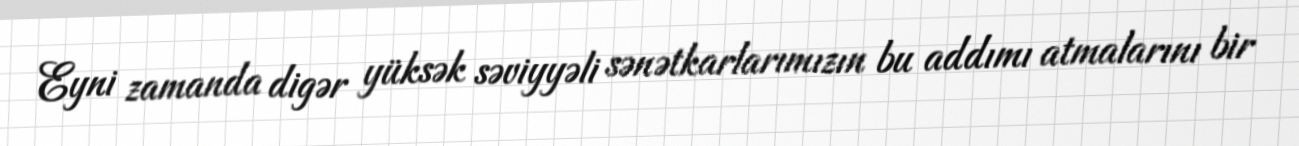
Eyni zamanda digər yüksək səviyyəli sənətkarlarımızın bu addımı atmalarını bir